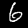
Digit: 6